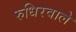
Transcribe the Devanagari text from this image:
रुधिरवाले